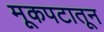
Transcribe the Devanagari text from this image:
मूकपटातून